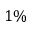
1 \%